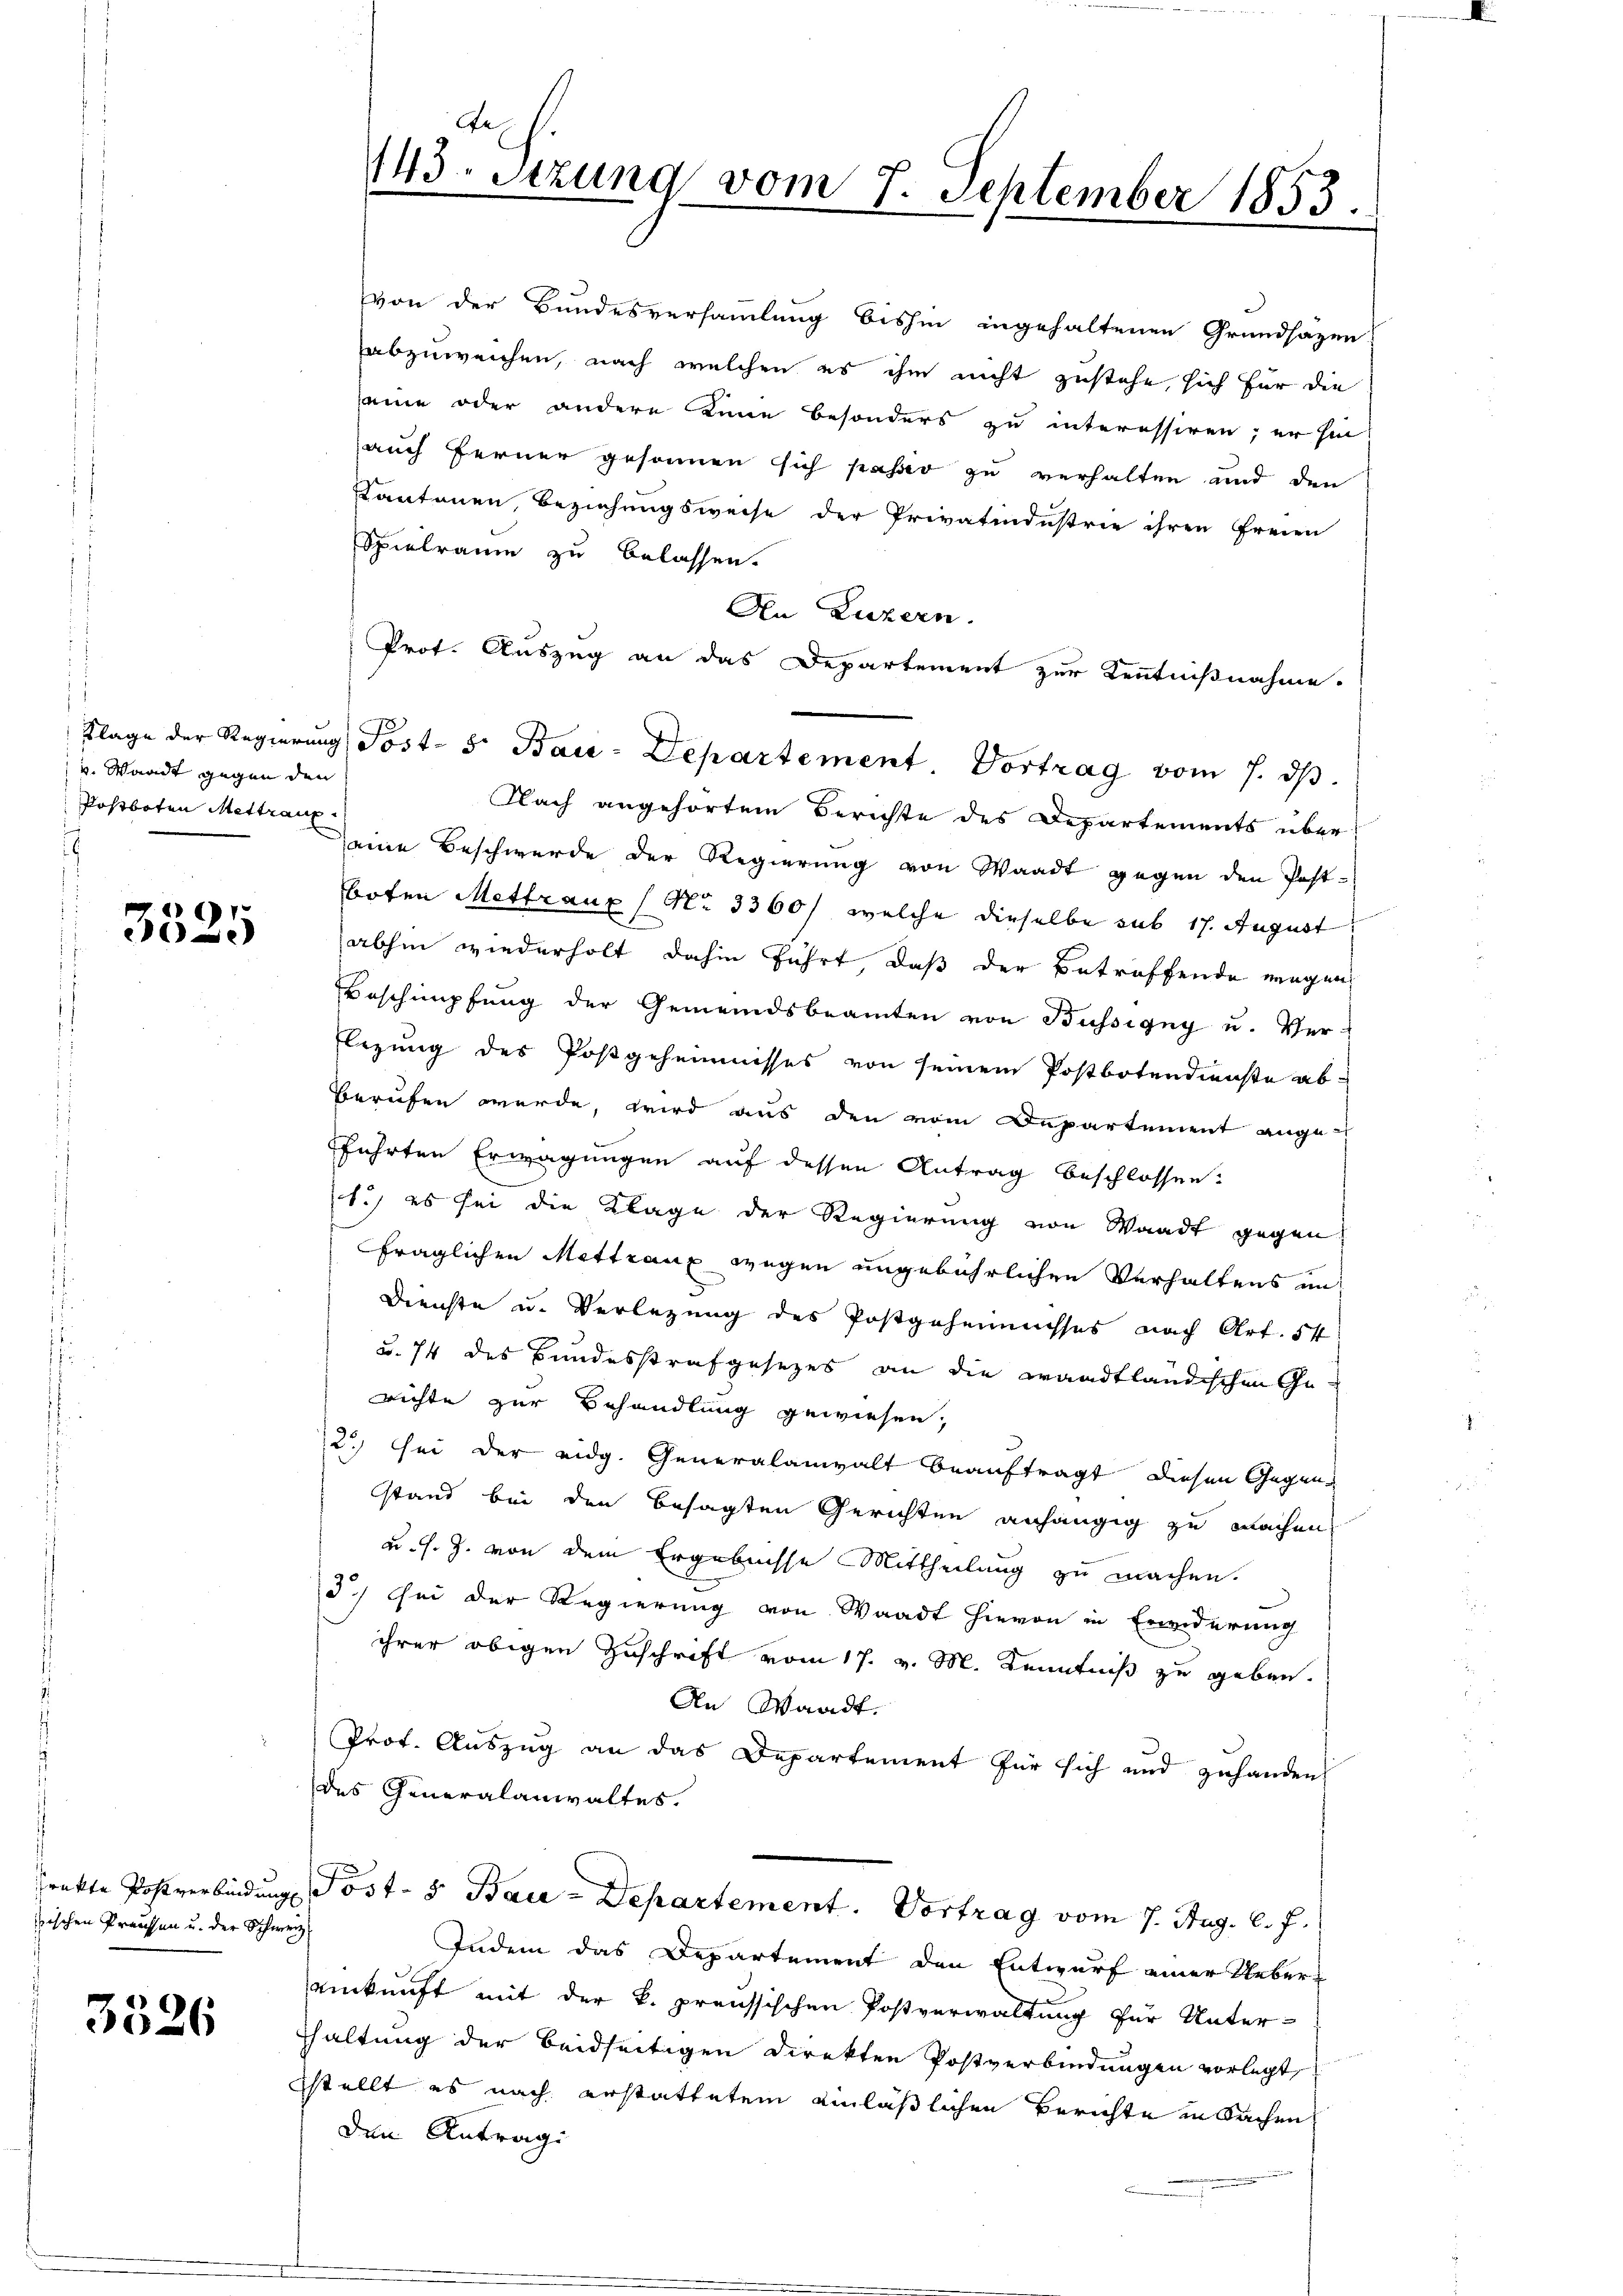
v. Waadt gegen den
Postboten Mettraue
.

3526

7
3323

sischen Preussen u. der Schweiz

von der Bundesversammlung bishin ingehaltenen Grundsazen
abzuweichen, nach welchen es ihm nicht zustehe, sich für die
seine oder andere Eine besonders zu interessiren; er hie
auch ferner gesonnen sich passiv zu verhalten und den
Kantonen Beziehungsweise der Privatindustrie ihren Freien
Spielraum zu belassen.
An Luzern.
Prot. Auszug an das Departement zur Kenntnißnahme.
Nach angehörtem Berichte des Departements überseine Beschwerde der Regierung von Waadt gegen den Postboten Mettraux (No 3360/ welche dieselbe sub 17. August.
abhin wiederholt dahin führt, daß der Betreffende wegen
Beschimpfung der Gemeindsbeamten von Büssigny u. Ver¬
Flegung des Postgeheimnisses von seinem Postbotendienste ab¬
Berufen werde, wird aus den vom Departement ange-
führten Erwägungen auf dessen Antrag beschlossen:
1.) es sei die Klage der Regierung von Waadt gegen
fraglichen Mettraux wegen ungebührlichen Verhaltens un-
Dienste u. Verlegung des Postgeheimisses nach Art. 54
u. 74 des Bundesstrafgesezes an die waadtländischen Gerichte zur Behandlung gewiesen,
2) sei der eidg. Generalanwalt beauftragt diesen Gegenstand bei den besagten Gerichten anhängig zu machen,
u. s. Z. von dem Ergebnisse Mittheilung zu machen.
3.) Sei der Regierung von Waadt hievon in Erinderung
ihrer obigen Zuschrift vom 17. v. M. Kenntniß zu geben.
An Waadt.
Prot. Auszug an das Departement für sich und zuhanden
des Generalanwaltes.
2
Prakte Postverbindungs Post- & Bau-Departement. Vortrag vom 7. Aug. l. J.
Indem das Departement den Entwurf einer Uebereinkunft mit der k. preussischen Postverwaltung für Unter-
haltung der beidseitigen Direkten Postverbindungen vorlegt,
sstellt es nach erstattetem einläßlichen Berichte in Sachen
den Antrag

Ge
143. Setzung vom 7. September 1853.

Klage der Regierung Post- 5. Bau-Departement. Vortrag vom 7. ds.